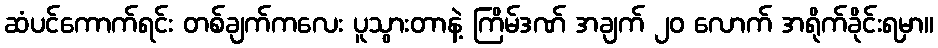
ဆံပင်ကောက်ရင်း တစ်ချက်ကလေး ပူသွားတာနဲ့ ကြိမ်ဒဏ် အချက် ၂၀ လောက် အရိုက်ခိုင်းရမှာ။